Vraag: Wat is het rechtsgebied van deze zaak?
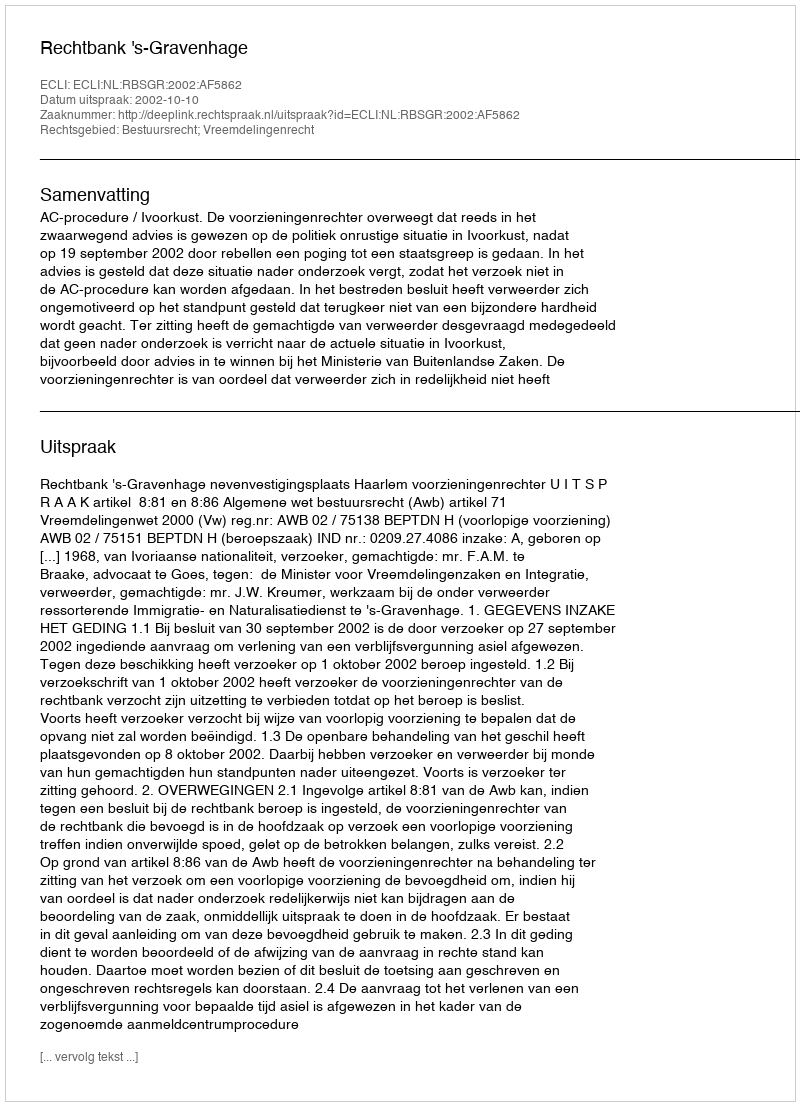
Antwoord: Bestuursrecht; Vreemdelingenrecht